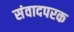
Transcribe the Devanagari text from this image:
संवादपरक